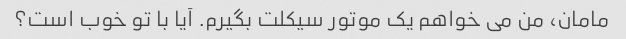
مامان، من می خواهم یک موتور سیکلت بگیرم. آیا با تو خوب است؟